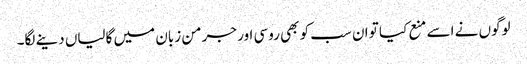
لوگوں نے اسے منع کیا تو ان سب کو بھی روسی اور جرمن زبان میں گالیاں دینے لگا۔